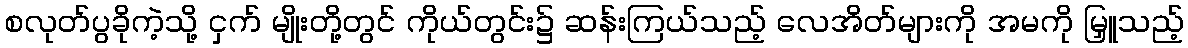
စလုတ်ပွခိုကဲ့သို့ ငှက် မျိုးတို့တွင် ကိုယ်တွင်း၌ ဆန်းကြယ်သည့် လေအိတ်များကို အမကို မြှူသည့်